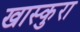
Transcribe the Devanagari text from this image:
खास्कुरा